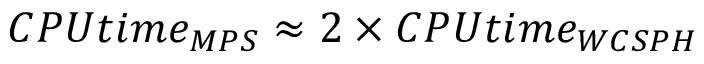
C P U t i m e _ { M P S } \approx 2 \times C P U t i m e _ { W C S P H }